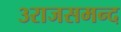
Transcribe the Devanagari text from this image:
३राजसमन्द